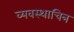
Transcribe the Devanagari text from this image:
व्यवस्थाचित्र